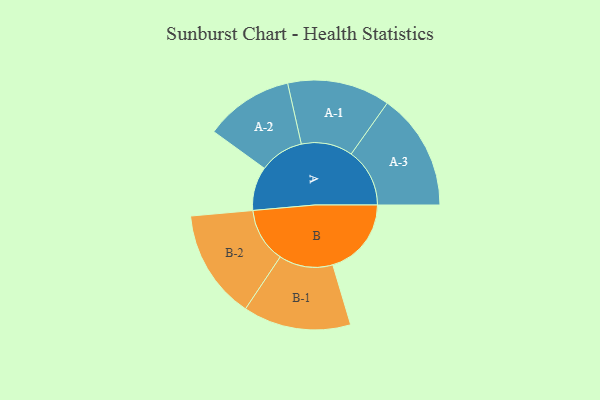
{"axis": {"x": "Segment", "y": "Value"}, "legend": ["", "A", "B"], "data": [{"x": "A", "y": 105, "type": ""}, {"x": "B", "y": 188, "type": ""}, {"x": "A-1", "y": 123, "type": "A"}, {"x": "A-2", "y": 106, "type": "A"}, {"x": "A-3", "y": 140, "type": "A"}, {"x": "B-1", "y": 129, "type": "B"}, {"x": "B-2", "y": 131, "type": "B"}]}